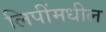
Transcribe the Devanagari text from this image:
लिपींमधील